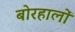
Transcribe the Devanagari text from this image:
बोरहालों